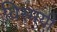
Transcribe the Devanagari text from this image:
विस्मयी